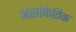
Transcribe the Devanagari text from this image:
असांकेतिक